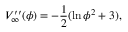
V _ { \infty } ^ { \prime \prime } ( \phi ) = - \frac { 1 } { 2 } ( \ln \phi ^ { 2 } + 3 ) ,